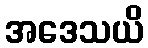
အဒေသယိ